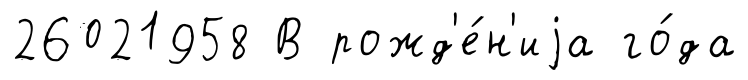
26021958 В рожд'е́н'иjа го́да